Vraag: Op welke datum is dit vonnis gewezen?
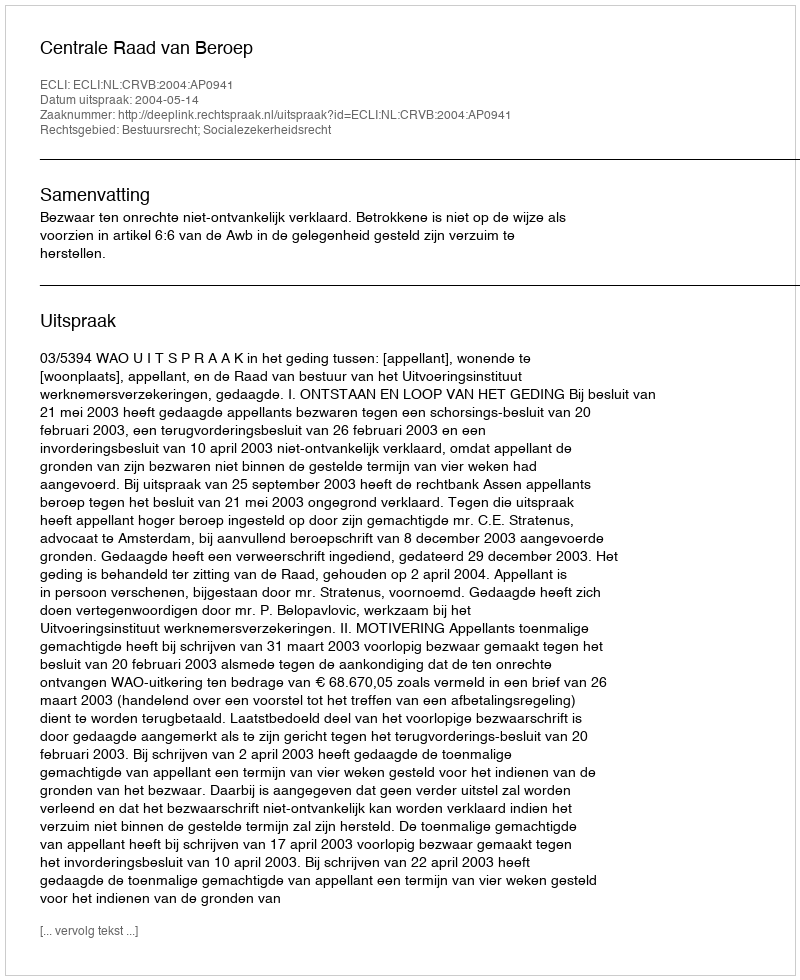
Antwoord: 2004-05-14